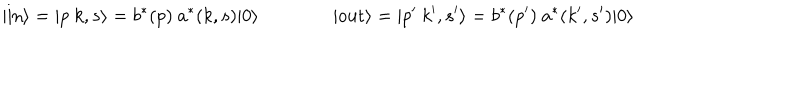
| \mathrm { i n } \rangle = | p \ k , s \rangle = b ^ { * } ( p ) \ a ^ { * } ( k , s ) | 0 \rangle \qquad \qquad | \mathrm { o u t } \rangle = | p ^ { \prime } \ k ^ { \prime } , s ^ { \prime } \rangle = b ^ { * } ( p ^ { \prime } ) \ a ^ { * } ( k ^ { \prime } , s ^ { \prime } ) | 0 \rangle